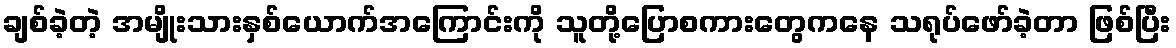
ချစ်ခဲ့တဲ့ အမျိုးသားနှစ်ယောက်အကြောင်းကို သူတို့ပြောစကားတွေကနေ သရုပ်ဖော်ခဲ့တာ ဖြစ်ပြီး